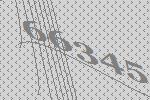
66345